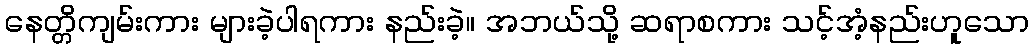
နေတ္တိကျမ်းကား များခဲ့ပါရကား နည်းခဲ့။ အဘယ်သို့ ဆရာစကား သင့်အံ့နည်းဟူသော